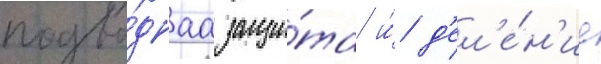
подво́днаа защи́та и́ д'ел'е́н'ие